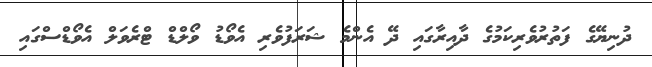
ދުނިޔޭގެ ފަތުރުވެރިކަމުގެ ދާއިރާގައި ދޭ އެންމެ ޝަރަފުވެރި އެވޯޑު ވޯލްޑް ޓްރެވަލް އެވޯޑްސްގައި